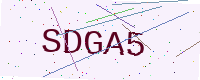
Text: SDGA5